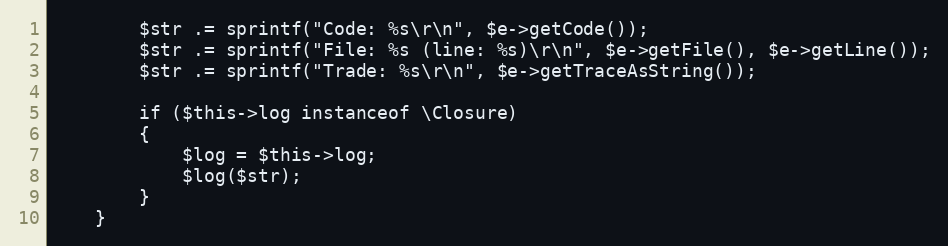
Language: PHP
        $str .= sprintf("Code: %s\r\n", $e->getCode());
        $str .= sprintf("File: %s (line: %s)\r\n", $e->getFile(), $e->getLine());
        $str .= sprintf("Trade: %s\r\n", $e->getTraceAsString());

        if ($this->log instanceof \Closure)
        {
            $log = $this->log;
            $log($str);
        }
    }